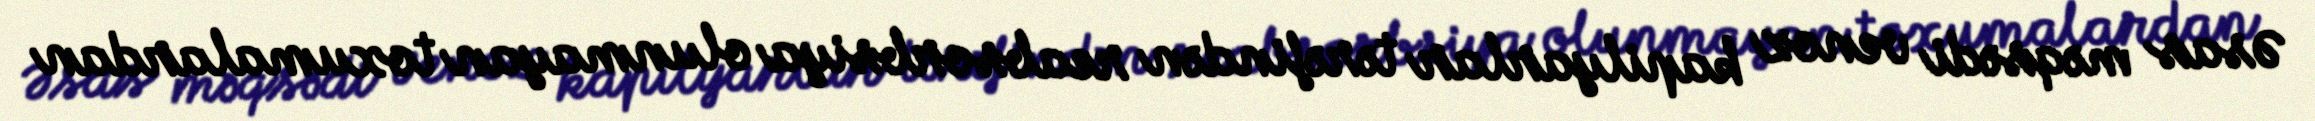
Əsas məqsədi venoz kapilyarlar tərəfindən reabsorbsiya olunmayan toxumalardan